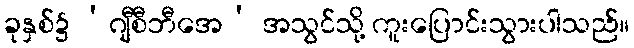
ခုနှစ်၌ ‘ဂျီစီဘီအေ’ အသွင်သို့ ကူးပြောင်းသွားပါသည်။